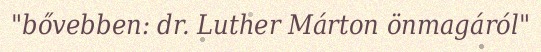
"bővebben: dr. Luther Márton önmagáról"